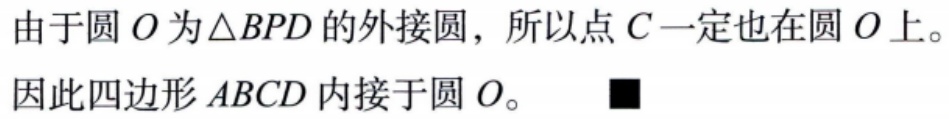
由于圆\(O\)为\(\triangle BPD\)的外接圆，所以点\(C\)一定也在圆\(O\)上。
因此四边形\(ABCD\)内接于圆\(O\)。 $\blacksquare$